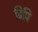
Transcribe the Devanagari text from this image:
ढिपि